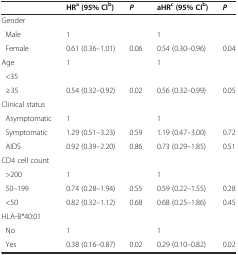
|  | HRa(95% CIb) | P | aHRc(95% CIb) | P |
 | --- | --- | --- | --- | --- |
 | Gender |  |  |  |  |
 | Male | 1 |  | 1 |  |
 | Female | 0.61 (0.36-1.01) | 0.06 | 0.54 (0.30-0.96) | 0.04 |
 | Age | <ROWSPAN=2> 1 | <ROWSPAN=2>  | <ROWSPAN=2> 1 | <ROWSPAN=2>  |
 | <35 |
 | ≥35 | 0.54 (0.32-0.92) | 0.02 | 0.56 (0.32-0.99) | 0.05 |
 | Clinical status |  |  |  |  |
 | Asymptomatic | 1 |  | 1 |  |
 | Symptomatic | 1.29 (0.51-3.23) | 0.59 | 1.19 (0.47-3.00) | 0.72 |
 | AIDS | 0.92 (0.39-2.20) | 0.86 | 0.73 (0.29-1.85) | 0.51 |
 | CD4 cell count |  |  |  |  |
 | >200 | 1 |  | 1 |  |
 | 50-199 | 0.74 (0.28-1.94) | 0.55 | 0.59 (0.22-1.55) | 0.28 |
 | <50 | 0.82 (0.32-1.12) | 0.68 | 0.68 (0.25-1.86) | 0.45 |
 | HLA-B*40:01 |  |  |  |  |
 | No | 1 |  | 1 |  |
 | Yes | 0.38 (0.16-0.87) | 0.02 | 0.29 (0.10-0.82) | 0.02 |